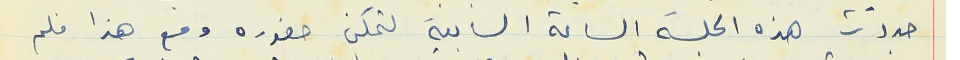
حددت هذه الجلسة الساعة السابعة لتمكن حضوره ومع هذا فلم